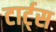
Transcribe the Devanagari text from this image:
टार्ट्‌स